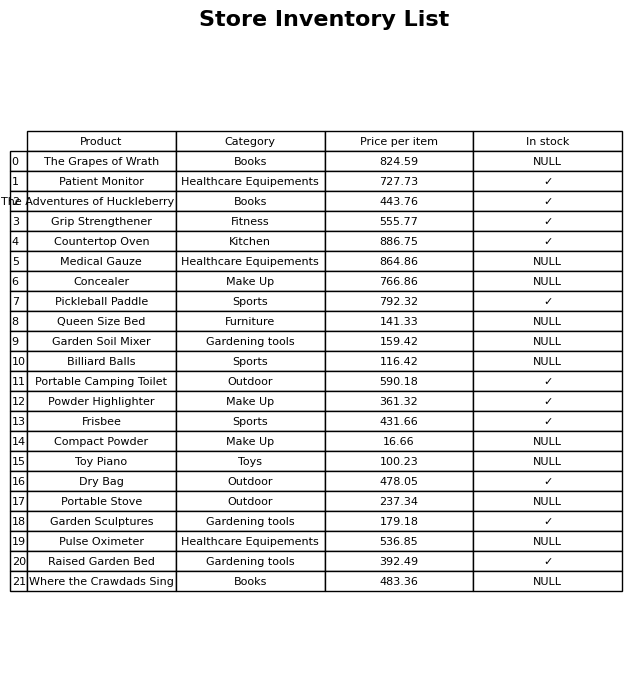
question: What is the price of the Raised Garden Bed?
answer: The price of Raised Garden Bed is 392.49.